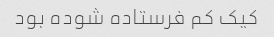
کیک کم فرستاده شوده بود